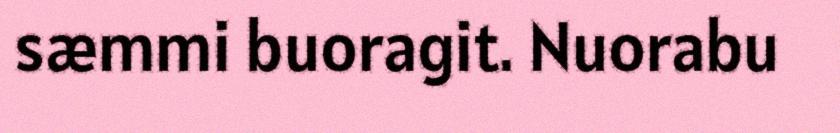
sæmmi buoragit. Nuorabu